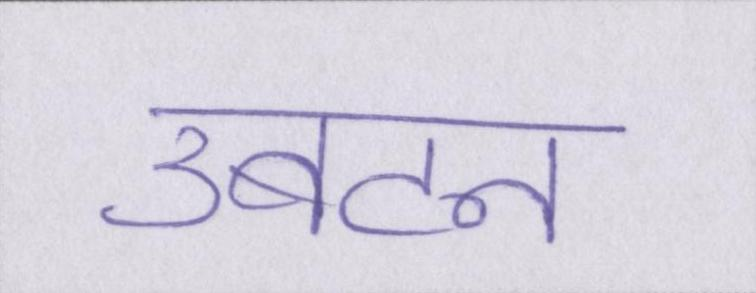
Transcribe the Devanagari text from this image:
उबटन